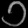
Digit: ၁